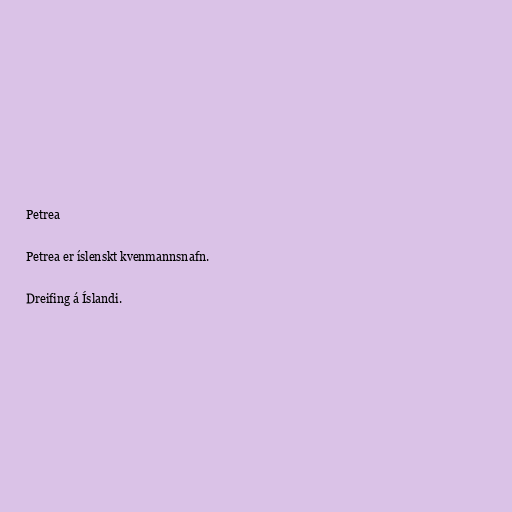
Petrea

Petrea er íslenskt kvenmannsnafn.

Dreifing á Íslandi.